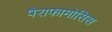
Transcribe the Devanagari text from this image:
पैराफामोसिस